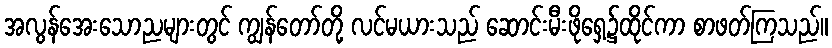
အလွန်အေးသောညများတွင် ကျွန်တော်တို့ လင်မယားသည် ဆောင်းမီးဖိုရှေ့၌ထိုင်ကာ စာဖတ်ကြသည်။